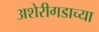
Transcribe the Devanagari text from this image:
अशेरीगडाच्या